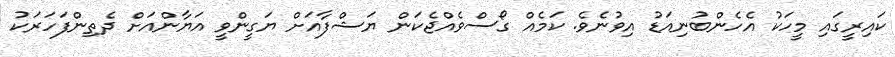
ކައިރީގައި މީހަކު އެހެންބުނިއަޑު އިވުނެވެ. ކަމެއް ގޯސްވެއްޖެކަން ޔަޝްފާއަށް ޔަގީންވީ އަޔާންއަށް ދެތިންފަހަރަކު